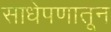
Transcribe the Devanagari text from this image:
साधेपणातून